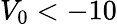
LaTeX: V_{0}<-10